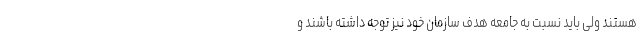
هستند ولی باید نسبت به جامعه هدف سازمان خود نیز توجه داشته باشند و